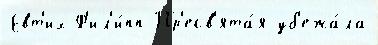
Евт'их Ф'ил'и́пп Пр'есв'ята́я уб'ежа́ла